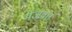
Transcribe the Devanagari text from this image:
मेजवत